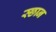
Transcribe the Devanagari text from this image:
स्छान